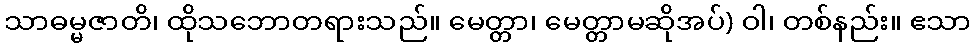
သာဓမ္မဇာတိ၊ ထိုသဘောတရားသည်။ မေတ္တာ၊ မေတ္တာမဆိုအပ်) ဝါ၊ တစ်နည်း။ ဧသာ